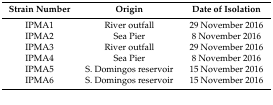
| Strain Number | Origin | Date of Isolation |
 | --- | --- | --- |
 | IPMA1 | River outfall | 29 November 2016 |
 | IPMA2 | Sea Pier | 8 November 2016 |
 | IPMA3 | River outfall | 29 November 2016 |
 | IPMA4 | Sea Pier | 8 November 2016 |
 | IPMA5 | S. Domingos reservoir | 15 November 2016 |
 | IPMA6 | S. Domingos reservoir | 15 November 2016 |